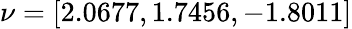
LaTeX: \nu=[2.0677,1.7456,-1.8011]